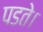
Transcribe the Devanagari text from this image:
पडते।